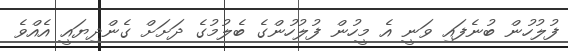
ފުލުހުން ބުނެފައި ވަނީ އެ މީހުން ފުލުހުންގެ ބެލުމުގެ ދަށަށް ގެންދިޔައީ އެއްވެ